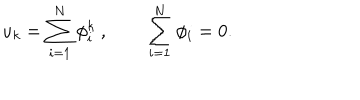
u _ { k } = \sum _ { i = 1 } ^ { N } \phi _ { i } ^ { k } \ , \qquad \sum _ { i = 1 } ^ { N } \phi _ { i } = 0 .